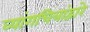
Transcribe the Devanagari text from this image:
व्यांगचित्रांद्वारे